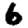
Digit: 6